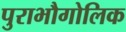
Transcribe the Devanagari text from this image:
पुराभौगोलिक